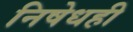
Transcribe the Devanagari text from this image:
निषेधही